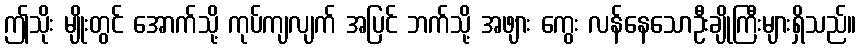
ဤသိုး မျိုးတွင် အောက်သို့ ကုပ်ကျလျက် အပြင် ဘက်သို့ အဖျား ကွေး လန်နေသောဦးချိုကြီးများရှိသည်။